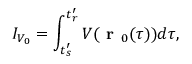
I _ { V _ { 0 } } = \displaystyle \int _ { t _ { s } ^ { \prime } } ^ { t _ { r } ^ { \prime } } V ( \textbf { r } _ { 0 } ( \tau ) ) d \tau ,